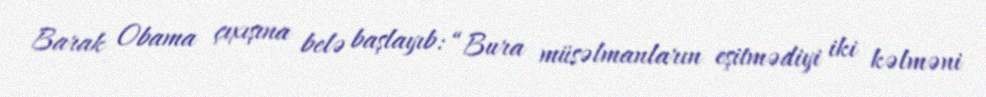
Barak Obama çıxışına belə başlayıb: “Bura müsəlmanların eşitmədiyi iki kəlməni